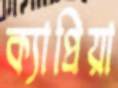
ক্যাপ্রিয়া